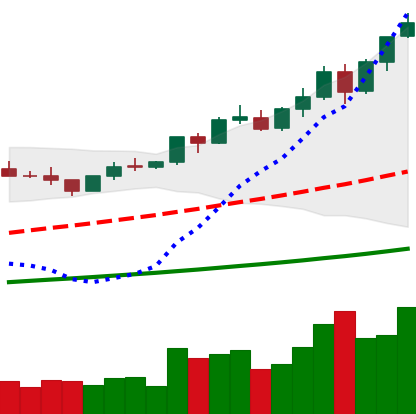
Ticker: BNB-USD
Chart end date: 2021-04-10
Forward return: 14.828%
Label: up_7plus